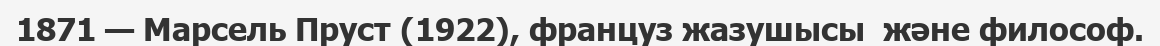
1871 — Марсель Пруст (1922), француз жазушысы  және философ.